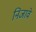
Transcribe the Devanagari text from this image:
निजावे